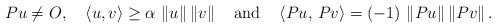
LaTeX: \begin{align*}Pu\neq O, \quad\left\langle u,v\right\rangle \geq\alpha\,\left\Vert u\right\Vert \left\Vert v\right\Vert \quad\mbox{and}\quad\left\langle Pu,\, Pv\right\rangle =\left(-1\right)\,\left\Vert Pu\right\Vert \left\Vert Pv\right\Vert \mbox{.}\end{align*}